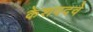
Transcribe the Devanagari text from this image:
केशवदवे